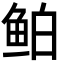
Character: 鲌